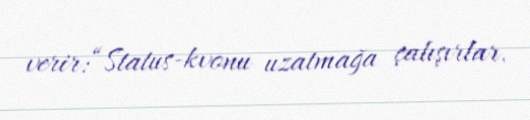
verir:“Status-kvonu uzatmağa çalışırlar.